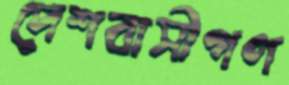
দেশবাসীগণ